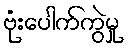
ဗုံးပေါက်ကွဲမှု